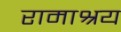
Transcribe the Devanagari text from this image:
रामाश्रय